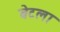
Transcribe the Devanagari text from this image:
बेटला